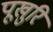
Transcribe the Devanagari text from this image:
पूखुरि